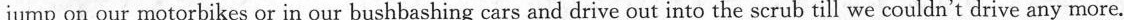
jump on our motorbikes or in our bushbashing cars and drive out into the scrub till we couldn't drive any more.